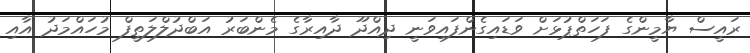
ރައީސް ޔާމީންގެ ފަހަތްޕުޅަށް ވަޑައިގެންފައިވަނީ ދިއްދޫ ދާއިރާގެ މެންބަރު އަބްދުލްލަތީފް މުހައްމަދު އާއި